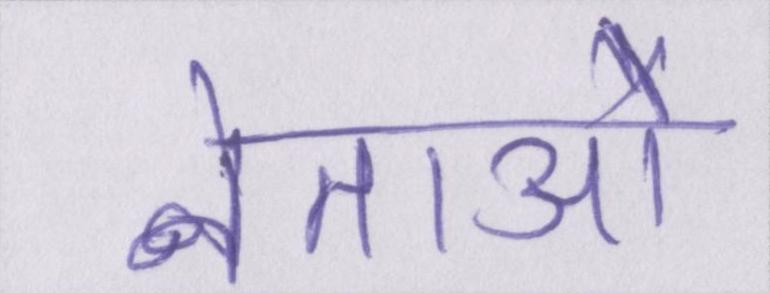
नेताओ